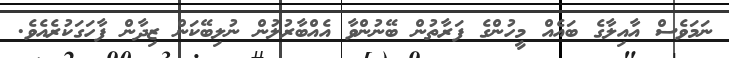
ނަމަވެސް އާއިލާގެ ބައެއް މީހުންގެ ފަރާތުން ބޭނުންވާ އެއްބާރުލުން ނުލިބޭކަން ޒިދާން ފާހަގަކުރެއެވެ.